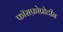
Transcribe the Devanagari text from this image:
फॉसफ़ोप्रोटीन